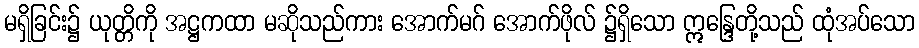
မရှိခြင်း၌ ယုတ္တိကို အဋ္ဌကထာ မဆိုသည်ကား အောက်မဂ် အောက်ဖိုလ် ၌ရှိသော ဣန္ဒြေတို့သည် ထုံအပ်သော